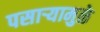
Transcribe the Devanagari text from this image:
पसार्‍यामुळे